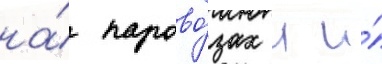
на́ парово́зах л и́